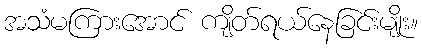
အသံမကြားအောင် ကျိတ်ရယ်နေခြင်းမျိုး။